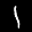
Label: 1